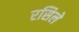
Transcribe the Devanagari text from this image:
रसिले